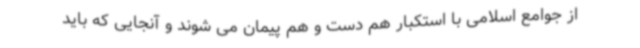
از جوامع اسلامی با استکبار هم دست و هم پیمان می شوند و آنجایی که باید